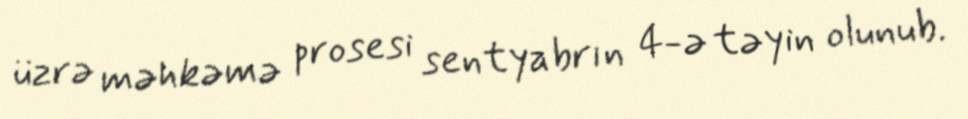
üzrə məhkəmə prosesi sentyabrın 4-ə təyin olunub.